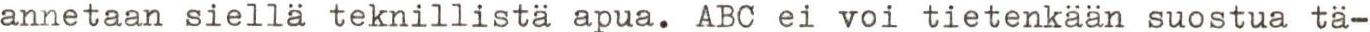
annetaan siellä teknillistä apua. ABC ei voi tietenkään suostua tä-